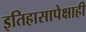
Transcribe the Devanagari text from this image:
इतिहासापेक्षाही